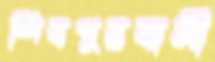
শিবপুরবাসী